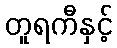
တူရကီနှင့်